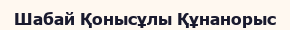
Шабай Қонысұлы Құнанорыс